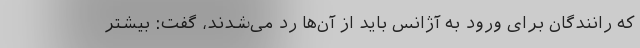
که رانندگان برای ورود به آژانس باید از آن‌ها رد می‌شدند، گفت: بیشتر